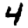
Digit: 4